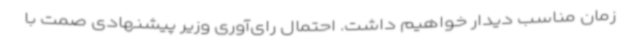
زمان مناسب دیدار خواهیم داشت. احتمال رای‌آوری وزیر پیشنهادی صمت با